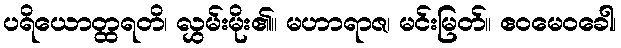
ပရိယောတ္ထရတိ၊ လွှမ်းမိုး၏။ မဟာရာဇ၊ မင်းမြတ်။ ဧဝမေဝခေါ၊